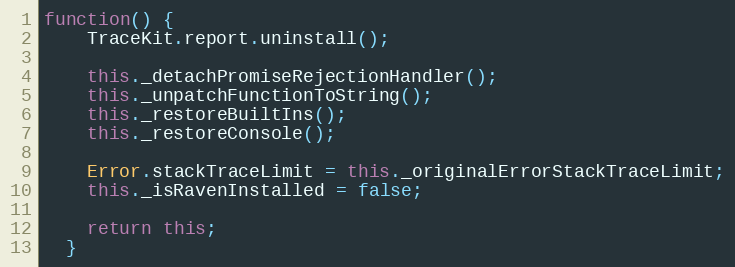
Language: JavaScript
function() {
    TraceKit.report.uninstall();

    this._detachPromiseRejectionHandler();
    this._unpatchFunctionToString();
    this._restoreBuiltIns();
    this._restoreConsole();

    Error.stackTraceLimit = this._originalErrorStackTraceLimit;
    this._isRavenInstalled = false;

    return this;
  }